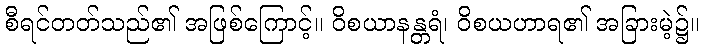
စီရင်တတ်သည်၏ အဖြစ်ကြောင့်။ ဝိစယာနန္တရံ၊ ဝိစယဟာရ၏ အခြားမဲ့၌။